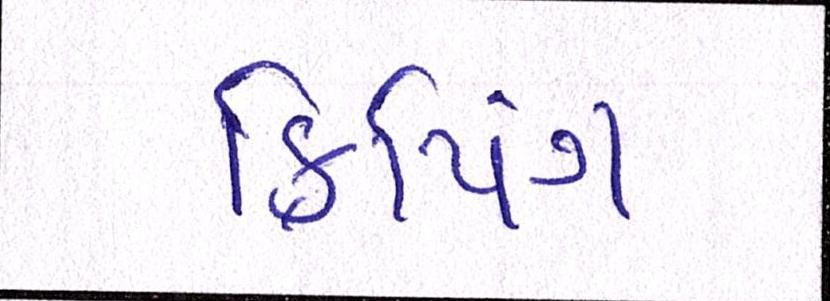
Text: ક્રિપિંગ